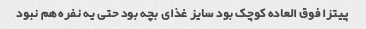
پیتزا فوق العاده کوچک بود سایز غذای بچه بود حتی یه نفره هم نبود